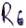
Text: R6